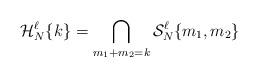
LaTeX: \begin{align*} \mathcal H^{\ell}_N \{k\} = \bigcap_{m_1+m_2=k} \mathcal S^{\ell}_N\{m_1,m_2\}\end{align*}